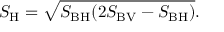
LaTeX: S _ { \mathrm { H } } = \sqrt { S _ { \mathrm { B H } } ( 2 S _ { \mathrm { B V } } - S _ { \mathrm { B H } } ) } .